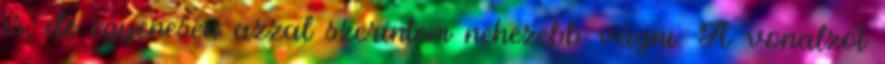
is, de egyenesen azzal szerintem nehezebb vágni. A vonalzót